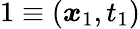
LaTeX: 1\equiv(\boldsymbol{x}_{1},t_{1})